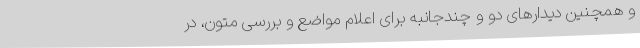
و همچنین دیدارهای دو و چندجانبه برای اعلام مواضع و بررسی متون، در